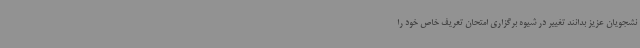
نشجویان عزیز بدانند تغییر در شیوه برگزاری امتحان تعریف خاص خود را